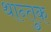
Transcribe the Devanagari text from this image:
थान्तुक